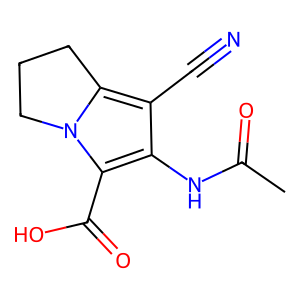
SMILES: CC(=O)Nc1c(C#N)c2n(c1C(=O)O)CCC2
Inhibits HIV replication: No